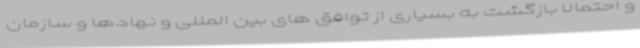
و احتمالا بازگشت به بسیاری از توافق های بین المللی و نهادها و سازمان